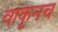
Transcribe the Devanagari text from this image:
वाकूनच